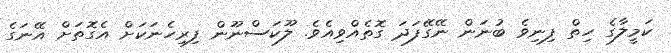
ކަމީލާގެ ހިތް ފިނިވެ ބުނަން ނޭގޭފަދަ ގޮތެއްވިއެވެ. ލޫކަސްނޫން ފިރިހެނަކަށް އެގޮތަށް އޭނަގެ